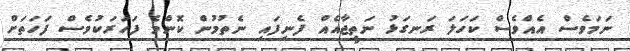
ނަމަވެސް އެއްވެސް ކަހަލަ ރަނގަޅު ނަތީޖާއެއް ފެނިފައި ނެތުމުން ކޮންމެ ފަހަރަކުވެސް ފަހަތަށް